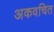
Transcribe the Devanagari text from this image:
अकवचित